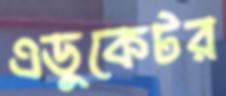
এডুকেটর